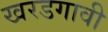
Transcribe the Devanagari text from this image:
खरडगावी